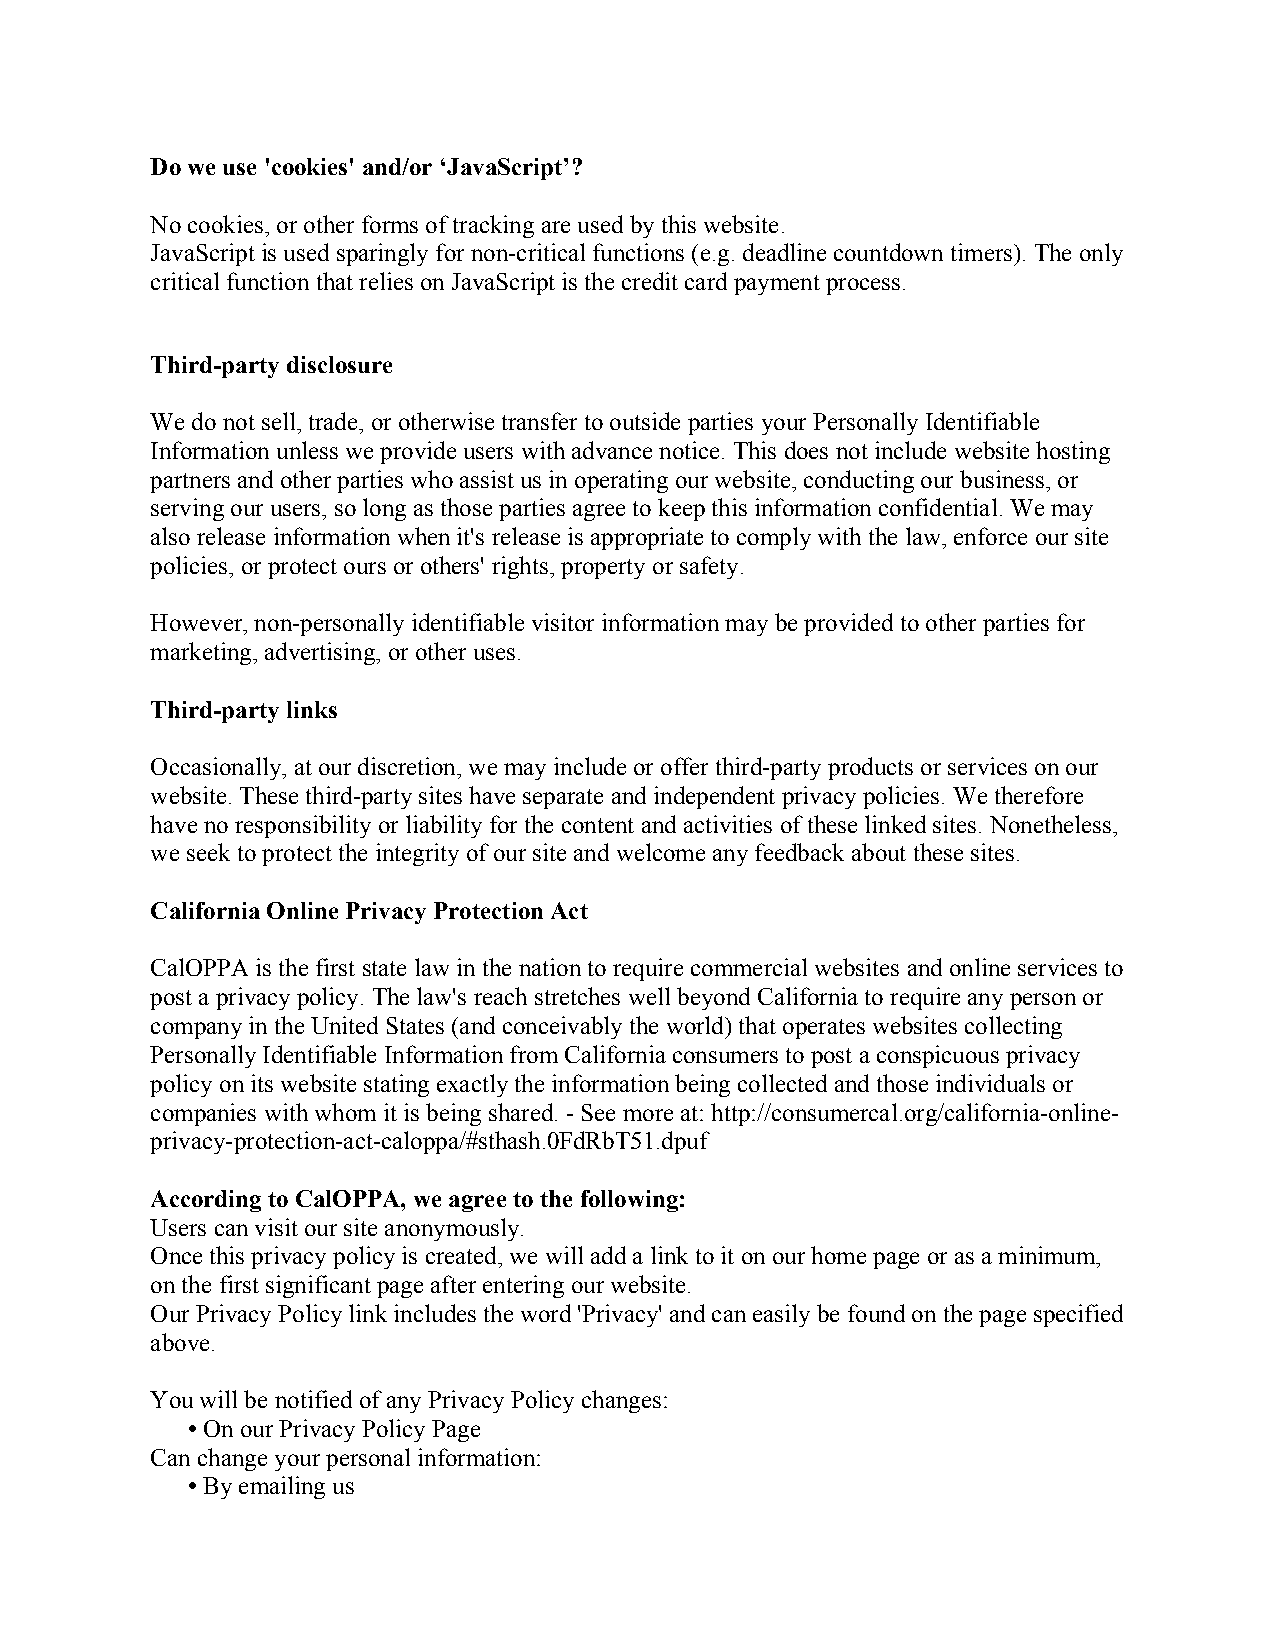
Do we use 'cookies' and/or ‘JavaScript’?
 No cookies, or other forms of tracking are used by this website.
 JavaScript is used sparingly for non-critical functions (e.g. deadline countdown timers). The only
 critical function that relies on JavaScript is the credit card payment process.
 Third-party disclosure
 We do not sell, trade, or otherwise transfer to outside parties your Personally Identifiable
 Information unless we provide users with advance notice. This does not include website hosting
 partners and other parties who assist us in operating our website, conducting our business, or
 serving our users, so long as those parties agree to keep this information confidential. We may
 also release information when it's release is appropriate to comply with the law, enforce our site
 policies, or protect ours or others' rights, property or safety.
 However, non-personally identifiable visitor information may be provided to other parties for
 marketing, advertising, or other uses.
 Third-party links
 Occasionally, at our discretion, we may include or offer third-party products or services on our
 website. These third-party sites have separate and independent privacy policies. We therefore
 have no responsibility or liability for the content and activities of these linked sites. Nonetheless,
 we seek to protect the integrity of our site and welcome any feedback about these sites.
 California Online Privacy Protection Act
 CalOPPA is the first state law in the nation to require commercial websites and online services to
 post a privacy policy. The law's reach stretches well beyond California to require any person or
 company in the United States (and conceivably the world) that operates websites collecting
 Personally Identifiable Information from California consumers to post a conspicuous privacy
 policy on its website stating exactly the information being collected and those individuals or
 companies with whom it is being shared. - See more at: http://consumercal.org/california-online-
 privacy-protection-act-caloppa/#sthash.0FdRbT51.dpuf
 According to CalOPPA, we agree to the following:
 Users can visit our site anonymously.
 Once this privacy policy is created, we will add a link to it on our home page or as a minimum,
 on the first significant page after entering our website.
 Our Privacy Policy link includes the word 'Privacy' and can easily be found on the page specified
 above.
 You will be notified of any Privacy Policy changes:
 • On our Privacy Policy Page
 Can change your personal information:
 • By emailing us